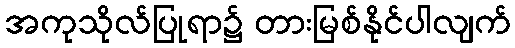
အကုသိုလ်ပြုရာ၌ တားမြစ်နိုင်ပါလျက်